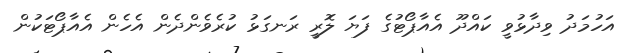
އަހުމަދު ވިދާޅުވީ ކައްދޫ އެއާޕޯޓުގެ ފަޔަ ލޮރީ ރަނގަޅު ކުރެވެންދެން އެހެން އެއާޕޯޓަކުން